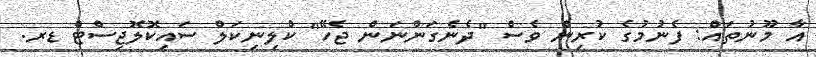
އާ މޫނުތައް: ފެނުމުގެ ކުރިން ވެސް "ދެނެގަންނަން ޖެހޭ" ކްލިނިކަލް ސައިކޮލޮޖިސްޓް ޑރ.